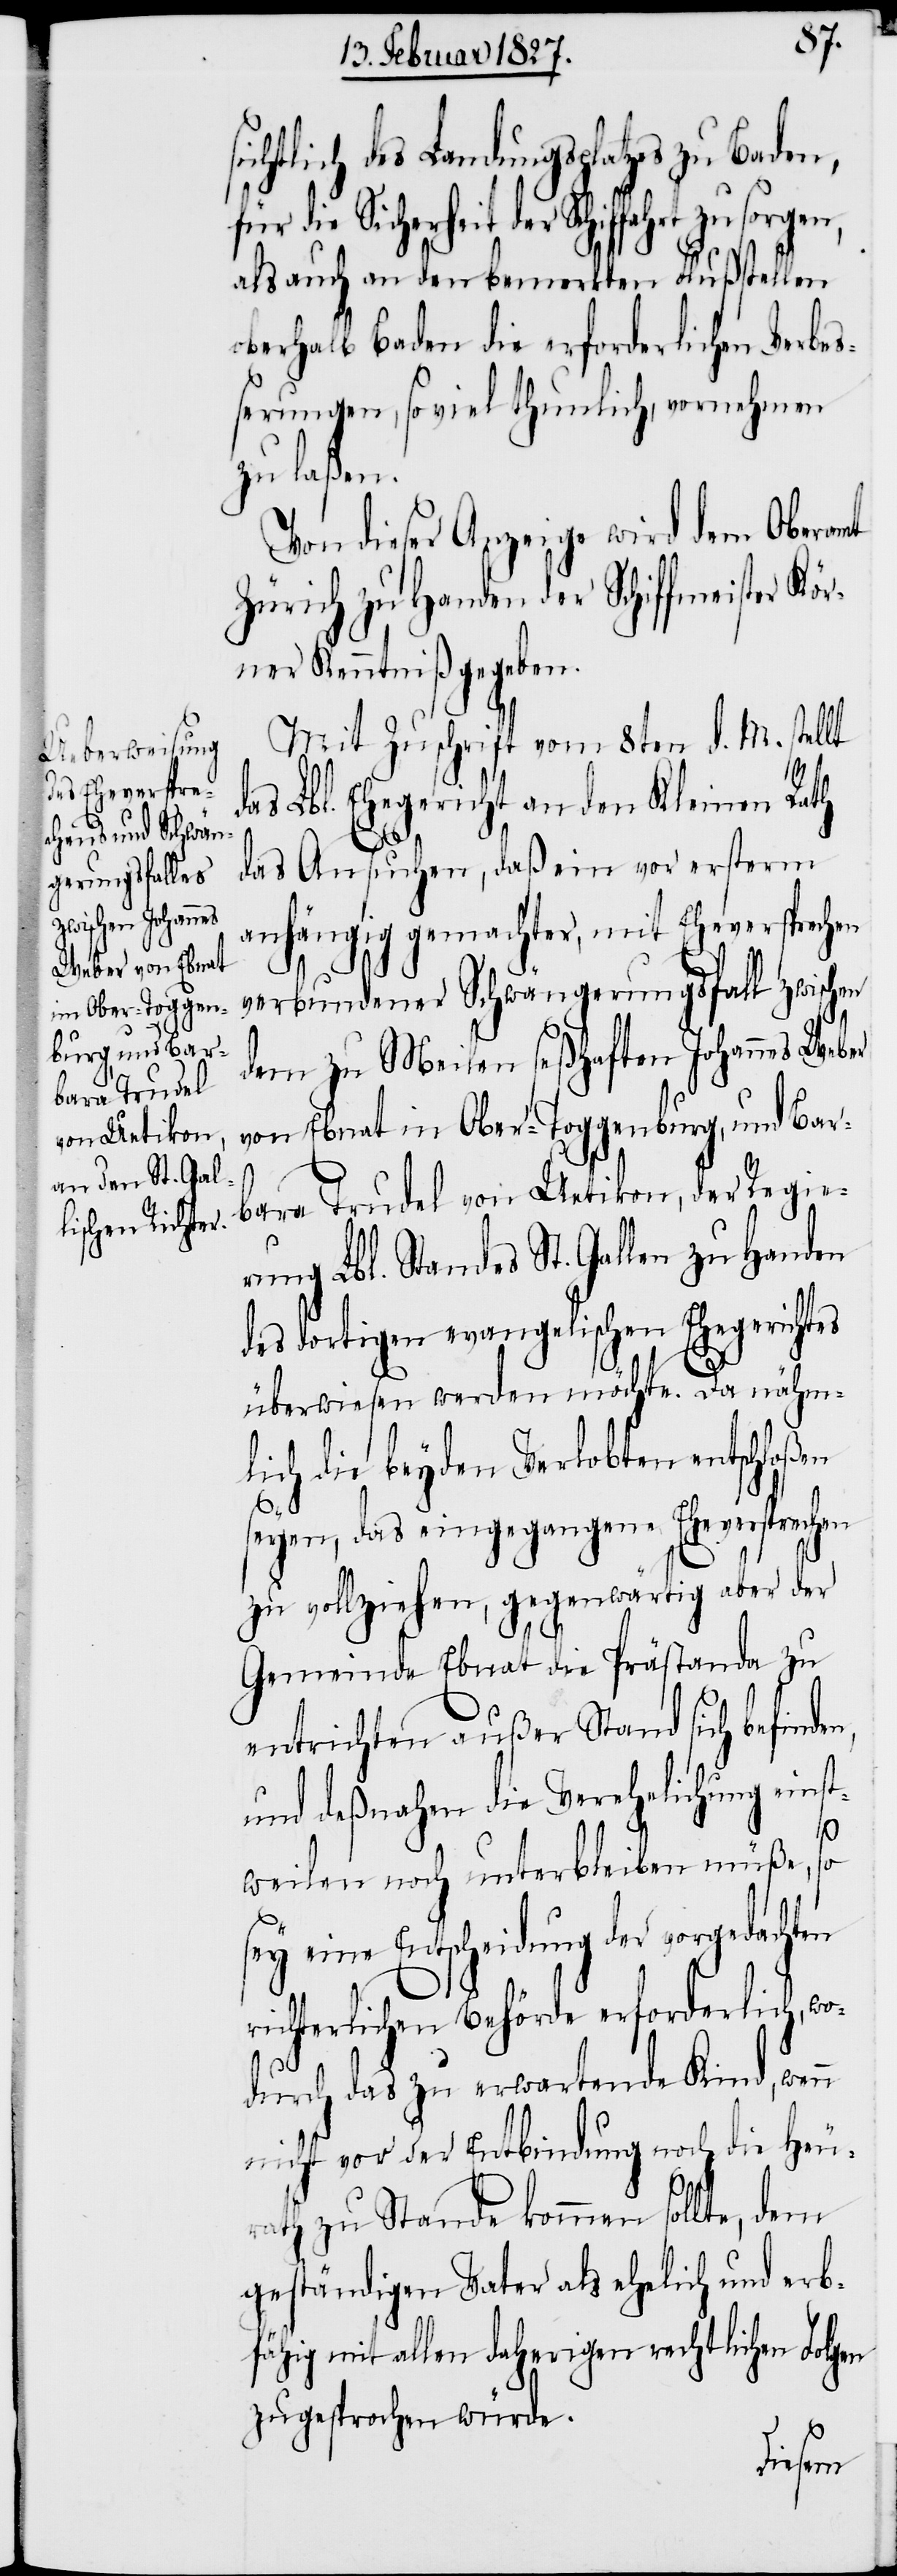
d¬

ichtlich des Landungsplatzes zu Baden,
für die Sicherheit der Schiffahrt zu sorgen,
als auch an den bemerkten Flußstellen
oberhalb Baden die erforderlichen Verbe¬
ßerungen, so viel thunlich, vornehmen
zu laßen.
Von dieser Anzeige wird dem Oberamt
Zürich zu Handen der Schiffmeister Kör¬
ner Kenntniß gegeben.
Mit Zuschrift vom 8ten d. M. stellt
as Lbl. Ehegericht an den Kleinen Rath
das Ansuchen, daß ein vor ersterm
anhängig gemachter, mit Eheversprechen
verbundener Schwängerungsfall zwischen
dem zu Meilen seßhaften Johannes Weber
von Ebnat in Ober-Toggenburg, und Bar¬
bara Trudel von Uetikon, der Regier¬
ung Lbl. Standes St. Gallen zu Handen
des dortigen evangelischen Ehegerichtes
überwiesen werden möchte. Da nähm¬
lich die beyden Verlobten entschloßen
seyen, das eingegangene Eheversprechen
zu vollziehen, gegenwärtig aber der
Gemeinde Ebnat die Prästanda zu
entrichten außer Stand sich befinden,
und deßnahen die Verehelichung eins¬
tweilen noch unterbleiben müße, so
sey eine Entscheidung der vorgedacht¬
richterlichen Behörde erforderlich, wo¬
durch das zu erwartende Kind, wenn
nicht vor der Entbindung noch die Heu¬
rath zu Stande kommen sollte, dem
geständigen Vater als ehelich und erb¬
fähig mit allen daherigen rechtlichen Folgen
zugesprochen würde.
en